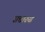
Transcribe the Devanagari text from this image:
सत्तारुढ